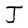
Character: J